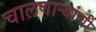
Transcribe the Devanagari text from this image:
चालणाऱ्यांची